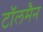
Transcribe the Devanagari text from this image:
टॉलमैन